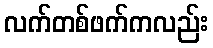
လက်တစ်ဖက်ကလည်း